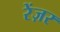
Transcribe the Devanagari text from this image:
रेंज़र